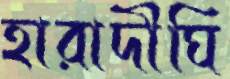
হারাদীঘি